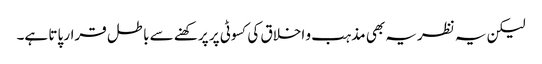
لیکن یہ نظریہ بھی مذہب و اخلاق کی کسوٹی پر پرکھنے سے باطل قرار پاتا ہے۔